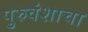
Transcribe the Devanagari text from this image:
पुरुवंशाचा